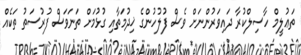
ތަޢުލީމް ހާސިލްކުރާ ދައިވަރުންނަށް ވެސް ފުލުހުންގެ ޚިދުމަތާއި ގުޅުމަށް ތަނަވަސް ފުރުސަތު ތަކެއް